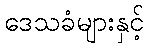
ဒေသခံများနှင့်